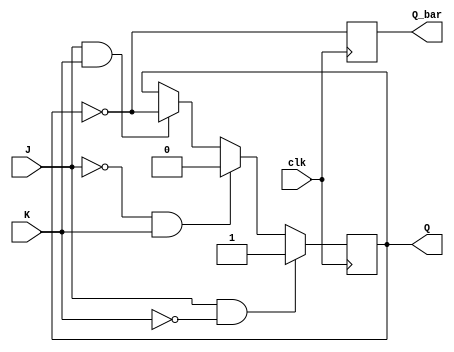
module jk_flip_flop (
    input J,
    input K,
    input clk,
    output reg Q,
    output reg Q_bar
);

always @(posedge clk) begin
    if (J == 1 && K == 0) begin
        Q <= 1;
    end else if (J == 0 && K == 1) begin
        Q <= 0;
    end else if (J == 1 && K == 1) begin
        Q <= ~Q;
    end else begin
        Q <= Q;
    end
    
    Q_bar <= ~Q;
end

endmodule